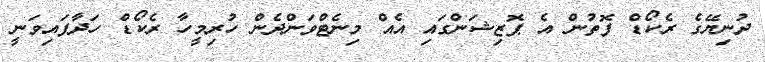
ދުނިޔޭގެ ރެކޯޑް ފޮތުން އެ ޕޮޒިޝަންގައި އެއް މިނެޓްވަންދެން ހުރިމީހާ ރެކޯޑް ހަދާފައިވަނީ